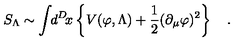
S _ { \Lambda } \sim \int \! \! d ^ { D } \! x \left\{ V ( \varphi , \Lambda ) + { \frac { 1 } { 2 } } ( \partial _ { \mu } \varphi ) ^ { 2 } \right\} \quad .